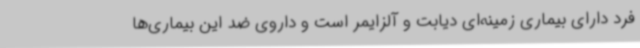
فرد دارای بیماری زمینه‌ای دیابت و آلزایمر است و داروی ضد این بیماری‌ها